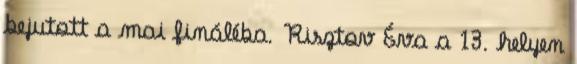
bejutott a mai fináléba. Risztov Éva a 13. helyen